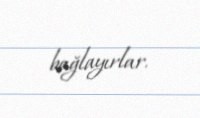
bağlayırlar.